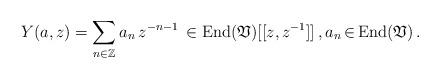
LaTeX: \begin{align*} Y(a,z) = \sum_{n\in \mathbb{Z}} a_n\, z^{-n-1} \,\in \mathrm{End}(\mathfrak{V})[[z,z^{-1}]] \,, a_n \,{\in}\, \mathrm{End}(\mathfrak{V}) \,. \end{align*}